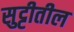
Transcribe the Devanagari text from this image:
सुट्टीतील